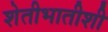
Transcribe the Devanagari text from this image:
शेतीभातीशी